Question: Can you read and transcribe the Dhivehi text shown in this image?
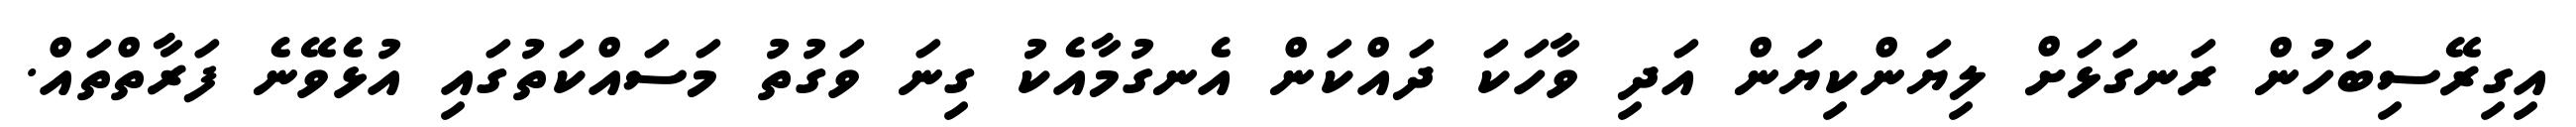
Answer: އިގިރޭސިބަހުން ރަނގަޅަށް ލިޔަންކިޔަން އަދި ވާހަކަ ދައްކަން އެނގުމާއެކު ގިނަ ވަގުތު މަސައްކަތުގައި އުޅެވޭނެ ފަރާތްތައް.